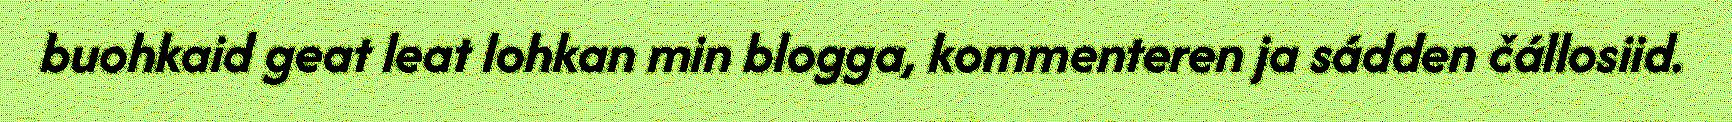
buohkaid geat leat lohkan min blogga, kommenteren ja sádden čállosiid.